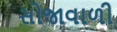
સોજાવાળી